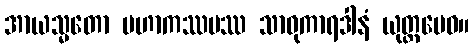
အာယသ္မတော မဟာကဿပဿ သာဓုကာရဒါနံ ယုတ္တမေဝ။